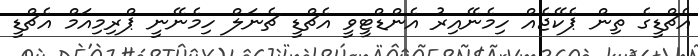
އެޗްޑީގެ ތިން ޕެކޭޖެއް ހިމެނޭއިރު އެންޑްޓީވީ އެޗްޑީ ޗެނަލް ހިމެނޭނީ ޕްރިމިއަމް އެޗްޑީ